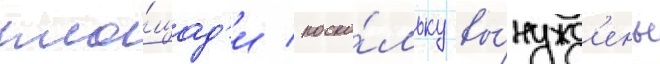
пло́щад'и / поско́льку вы́нужд'ены